Punjab Mental Hospital Lahore 1932-46 - 1932-1946
Year: 1932
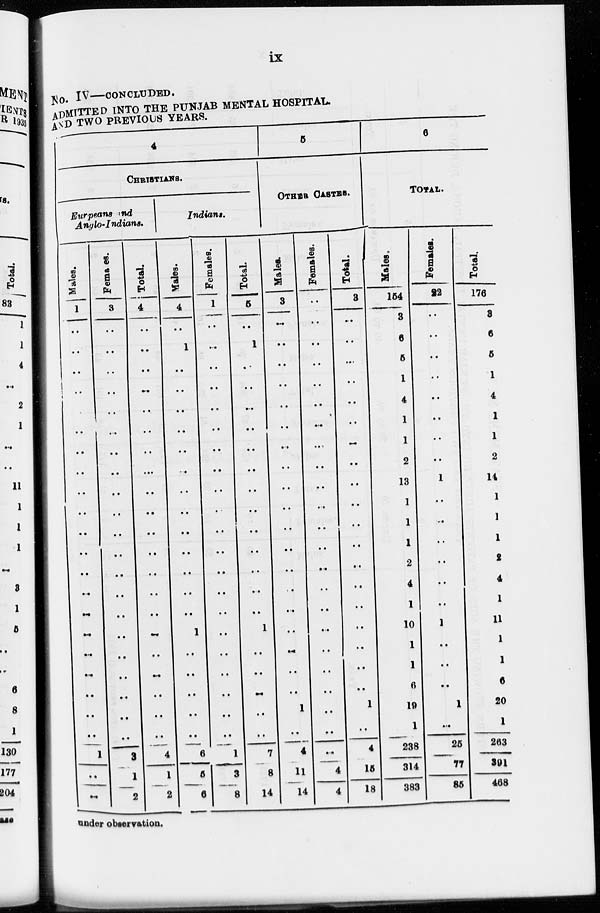
ix
No. IV—CONCLUDED.
ADMITTED INTO THE PUNJAB MENTAL HOSPITAL.
AND TWO PREVIOUS YEARS.
4
CHRISTIANS.
Eurpeana and
Anglo-Indians.
Males.
1
..
..
..
..
..
..
..
..
..
..
..
..
..
..
..
..
..
..
..
..
..
1
..
..
Females.
3
..
..
..
..
..
..
..
..
..
..
..
..
..
..
..
..
..
..
..
..
..
3
1
2
Total.
4
..
..
..
..
..
..
..
..
..
..
..
..
..
..
..
..
..
..
..
..
..
4
1
2
Indians.
Males.
4
..
1
..
..
..
..
..
..
..
..
..
..
..
..
..
1
..
..
..
..
..
6
5
6
Females.
1
..
..
..
..
..
..
..
..
..
..
..
..
..
..
..
..
..
..
..
..
..
1
3
8
Total.
5
..
1
..
..
..
..
..
..
..
..
..
..
..
..
..
1
..
..
..
..
..
7
8
14
5
OTHER CASTES.
Males.
3
..
..
..
..
..
..
..
..
..
..
..
..
..
..
..
..
..
..
..
1
..
4
11
14
Females.
..
..
..
..
..
..
..
..
..
..
..
..
..
..
..
..
..
..
..
..
..
..
..
4
4
Total.
3
..
..
..
..
..
..
..
..
..
..
..
..
..
..
..
..
..
..
..
1
..
4
15
18
6
TOTAL.
Males.
154
3
6
5
1
4
1
1
2
13
1
1
1
2
4
1
10
1
1
6
19
1
238
314
383
Females.
22
..
..
..
..
..
..
..
..
1
..
..
..
..
..
..
1
..
..
..
1
..
25
77
85
Total.
176
3
6
5
1
4
1
1
2
14
1
1
1
2
4
1
11
1
1
6
20
1
263
391
468
under observation.